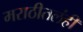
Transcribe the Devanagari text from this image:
मराठीतलंही